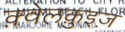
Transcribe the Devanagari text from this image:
क़्वेलक़ुइज़